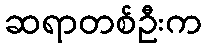
ဆရာတစ်ဦးက